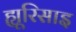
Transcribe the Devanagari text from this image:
ह्यूरिसाइ